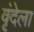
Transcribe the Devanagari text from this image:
वृंदेला